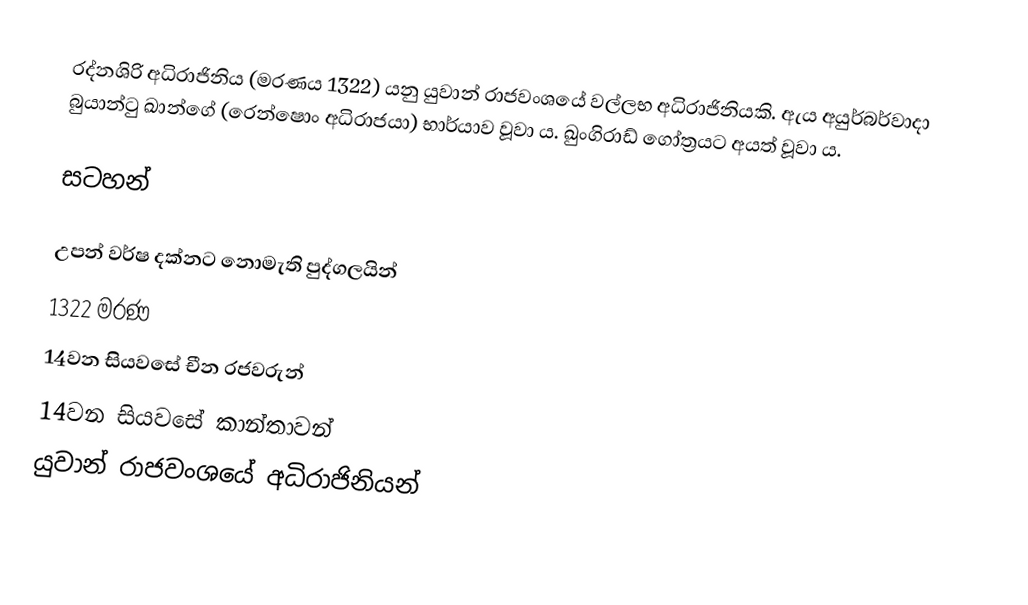
රද්නශිරි අධිරාජිනිය (මරණය 1322) යනු යුවාන් රාජවංශයේ වල්ලභ අධිරාජිනියකි. ඇය අයුර්බර්වාදා බුයාන්ටු ඛාන්ගේ (රෙන්ෂොං අධිරාජයා) භාර්යාව වූවා ය. ඛුංගිරාඩ් ගෝත්‍රයට අයත් වූවා ය.

සටහන්

උපන් වර්ෂ දක්නට නොමැති පුද්ගලයින්
1322 මරණ
14වන සියවසේ චීන රජවරුන්
14වන සියවසේ කාන්තාවන්
යුවාන් රාජවංශයේ අධිරාජිනියන්